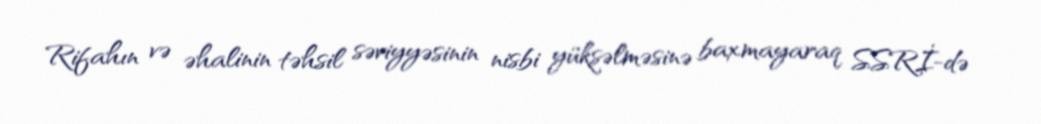
Rifahın və əhalinin təhsil səviyyəsinin nisbi yüksəlməsinə baxmayaraq SSRİ-də